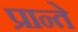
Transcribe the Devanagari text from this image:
प्रान्ते